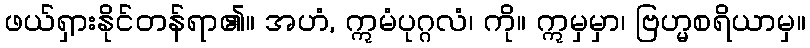
ဖယ်ရှားနိုင်တန်ရာ၏။ အဟံ, ဣမံပုဂ္ဂလံ၊ ကို။ ဣမှမှာ၊ ဗြဟ္မစရိယာမှ။